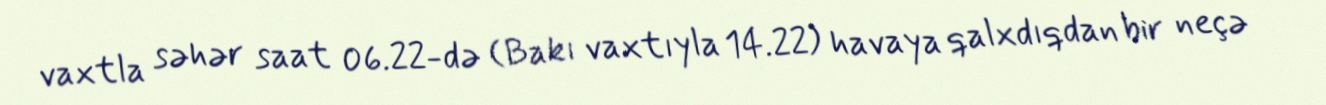
vaxtla səhər saat 06.22-də (Bakı vaxtıyla 14.22) havaya qalxdıqdan bir neçə